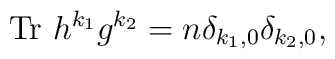
{\rm Tr}~h^{k_1}g^{k_2}=n\delta_{k_1,0}\delta_{k_2,0},